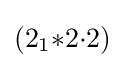
(2_{1}{*}2{\cdot }2)